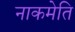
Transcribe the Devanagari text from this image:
नाकमेति